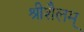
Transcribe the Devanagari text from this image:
श्रीशैलम्